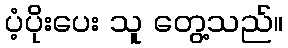
ပံ့ပိုးပေး သူ တွေ့သည်။